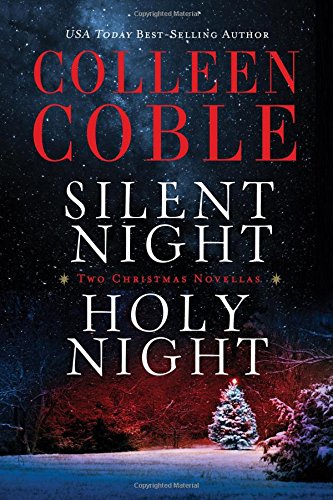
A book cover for Silent Night, Holy Night: A Colleen Coble Christmas Collection; Colleen Coble; Romance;